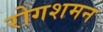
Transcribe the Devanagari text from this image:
रोगशमन